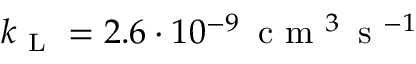
k _ { \mathrm { ~ L ~ } } = 2 . 6 \cdot 1 0 ^ { - 9 } \, \ensuremath { \mathrm { ~ c ~ m ~ } ^ { 3 } \, \mathrm { ~ s ~ } ^ { - 1 } }